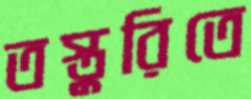
তস্তুরিতে